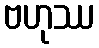
ဗဟုဿ